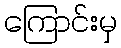
ကြောင်းမှ